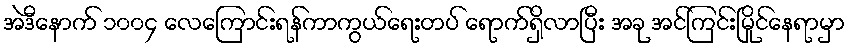
အဲဒီနောက် ၁၀၀၄ လေကြောင်းရန်ကာကွယ်ရေးတပ် ရောက်ရှိလာပြီး အခု အင်ကြင်းမြိုင်နေရာမှာ